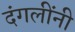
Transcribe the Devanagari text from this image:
दंगलींनी